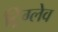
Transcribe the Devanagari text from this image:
ट्रिग्लेव